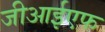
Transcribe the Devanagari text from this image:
जीआईएफ